Civil Veterinary Department. United Provinces 1923-31 - 1923-1931
Year: 1923
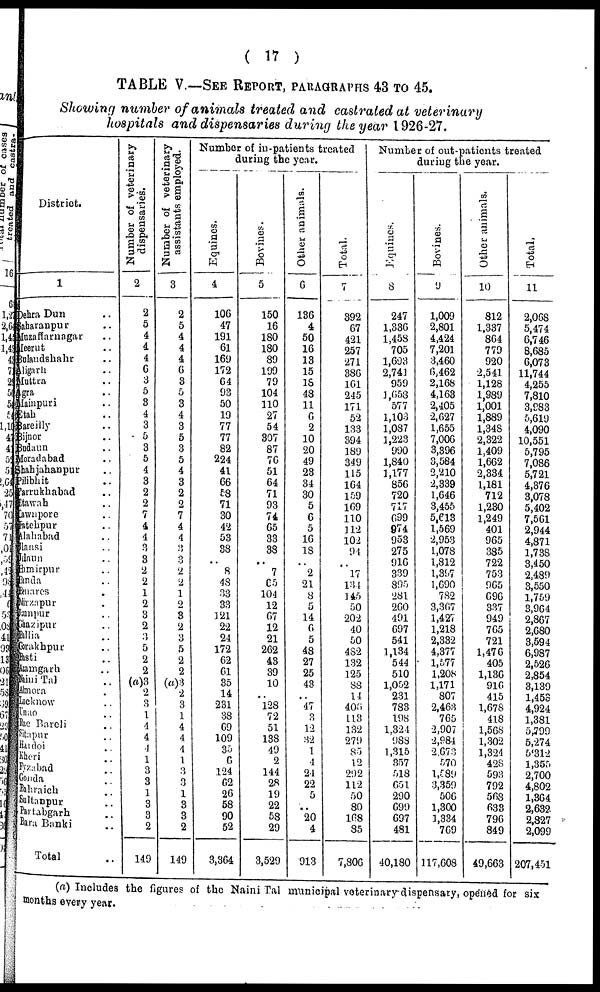
( 17 )
TABLE V.—SEE REPORT, PARAGRAPHS 43 to 45.
Showing number of animals treated and castrated at veterinary
hospitals and dispensaries during the year 1926-27.
District.
1
Dehra Dun
Sharanpur
Muzaffarnagar
Meerut
Bulandshahr
Aligarh
duttra
Agra
Jainpuri
Itah
Bareilly
Bijnor
Budaun
Boradabad
hahjahanpur
Pilibhit
Farrukhabad
Nawah
Nawnpore
Itehpur
Allahabad
Jhansi
daun
..
Amirpur
Banda
..
Barares
Mirzapur
Jampur
Muzipur
Billia
..
Gorakhpur Basti
Azamgarh
Naini
Tal
..
Almera Lucknow
Unao ..
Rai Bareli ..
Sitapur
Hadoi
Kheri
Fyzabad Gonda
Pehraib
Sultanpur
Partabgarh
Bara Banki ..
Total
Number of veterinary
dispensaries.
2
2
5
4
4
4
6
3
5
3
4
3
5
3
5
4
3
2
2
7
4
4
3
3
2
2
1
2
3
2
3
5
2 2
(a)3 2
3
1 4
4
4
1
3
3
1
3
3
2
149
Number of veterinary
assistants employed.
1
3
2
5
4
4
4
6
3
5
3
4
3
5
3
5
4
3
2
2
7
4
4
3
3
2
2
1
2
3
2
3
5
2 2
(a)3
2
3
1
4 4
4
1
3
3
1
3
3
2
149
Number of in-patients treated
during the year.
Equines.
4
10G
47
191
61
169
172
64
93
50
19
77
77
82
224
41
66
58
71
30
42
53
33
..
8
48
33
33
121
22
24
172
62
61
35
14
231
38
69
109
35
6
124
62
26
58
90
52
3,364
Bovines.
5
150
16
180
180
89
199
79
104
110
27
54
397
87
70
51
64
71
93
74
65
33
38
..
7
65
104
12
67
12
21
262
43
39
10
.. 128
72
51
138
49
2
144
28
19
22
58
29
3,529
Other animals.
6
136
4
50
16
13
15
18
48
11
6
2
10
20
49
23
34
30
5
6
5
16
18
"2
21
8
5
14
6
5
48 27
25
43
..
47
3
12
32
1
4
24
22
5
..
20
4
913
Total.
7
392
67
421
257
271
386
161
245
171
52
133
394
189
349
115
164
159
169
110
112
102
94
17
134
145
50
202
40
50
482
132
125
88
14
403
113
132
279
85
12
292
112
50
80
168
85
7,806
Number of out-patients treated
during the year.
Equines.
8
247
1,336
1,458
705
1,693
2,741
959
1 ,653
577
1,103
1,087
1,223
990
1,840
1,177
856
720
717
699
974
953
275
916
339
895
281
260
491
697
541
1,134 544
510
1,052
231
783
198
1 32 1
988
1,315
357
518
651
290
699 687
481
40,180
Bovines.
9
1,009
2,801
4,424
7,201
3,460
6,462
2,168
4,163
2,405
2,627
1,655
7,006
3,396
3,584
2,210
2,339
1,646
3,455
5,613
1,569
2,953
1,078
1,812
l,397
1,690
782
3,367
1,427
1,218
2,332
4,377
1,577
1,208
1,171
807
2,463
765
2,907
2,984
2,670
570
1,589
3,359
506
1,300 1,334
769
117,608
Other animals.
10
812
1,337
864
779
920
2,541
1,128
1,989
1,001
1,889
1,348
2,322
1,409
1,662
2,334
1,181
712
1,230
1,249
401
965
385
722
753
965
696
337
949
765
721
1,476 405
1,136
916
415
1,678
418
1,568
1,302
1,324
428
593
792
568
688 796
849
49,663
Total.
11
2,068
5,474
6,746
8,685
6,073
11,744
4,255
7,810
3,983
5,619
4,090
10,551
5,795
7,086
5,721
4,376
3,078
5,402
7,561
2,944
4,871
1,738
3,450
2,489
3,550
1,759
3,964
2,867
2,680
3,594
6,987 2,526
2,854
3,139
1,453
4,924
1,381
5,799
5,274
5,312
1,355
2,700
4,802
1,364
2,632
2,327
2,099
207,451
(a) Includes the figures of the Naini Tal municipal veterinary-dispensary, opened for six
months every year.